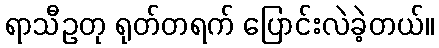
ရာသီဥတု ရုတ်တရက် ပြောင်းလဲခဲ့တယ်။